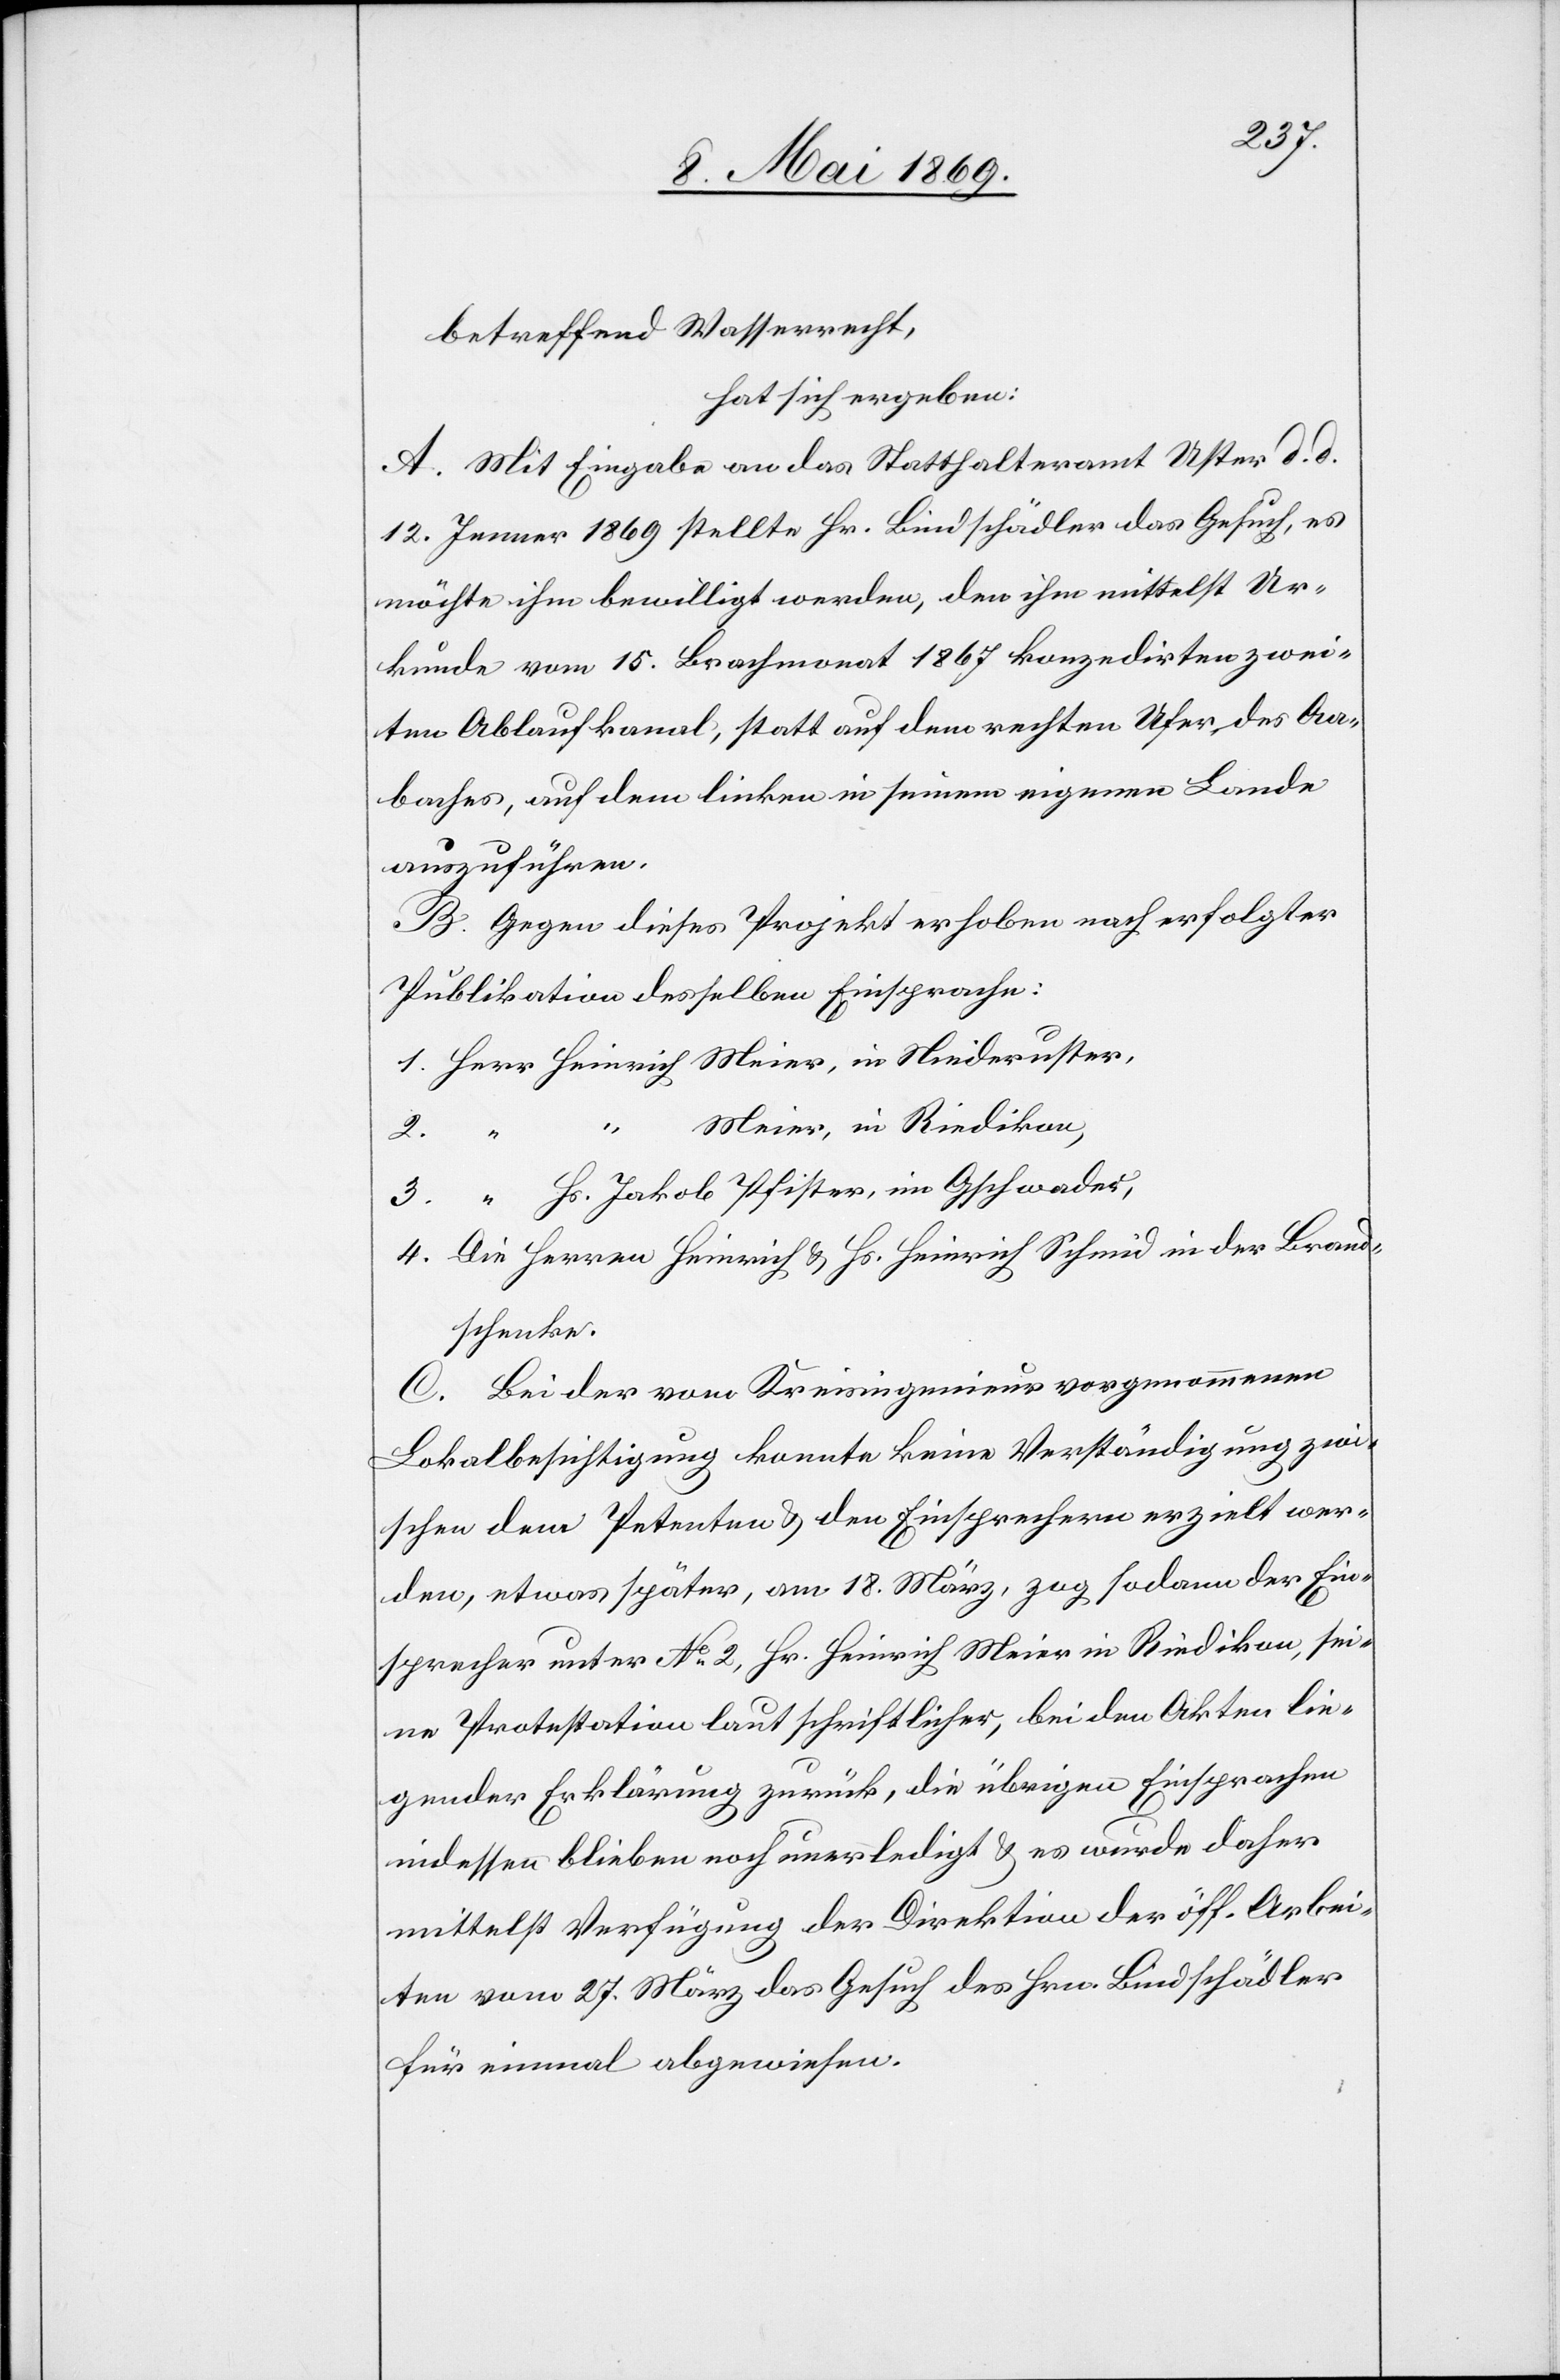
betreffend Wasserrecht,
hat sich ergeben:
A. Mit Eingabe an das Statthalteramt Uster d. d.
12. Jenner 1869 stellte Hr. Bindschädler das Gesuch, es
möchte ihm bewilligt werden, den ihm mittelst Ur¬
kunde vom 15. Brachmonat 1867 konzedirten zwei¬
ten Ablaufkanal, statt auf dem rechten Ufer des Aa¬
baches, auf dem linken in seinem eigenen Lande
aufzuführen.
B. Gegen dieses Projekt erhoben nach erfolgter
Publikation desselben Einsprache:
1. Herr Heinrich Meier, in Niederuster,
Meier, in Riedikon,
2. “
“ Hs. Jakob Pfister, in Gschwader,
3.
4. Die Herren Heinrich u. Hs. Heinrich Schmid in der Brand¬
schenke.
C. Bei der von Kreisingenieuren vorgenommenen
Lokalbesichtigung konnte keine Verständigung zwi¬
schen den Petenten u. den Einsprechern erzielt wer¬
den, etwas später, am 18 März, zog sodann der Ein¬
sprecher unter N° 2, Hr. Heinrich Meier in Riedikon, sei¬
ne Protestation laut schriftlicher, bei den Akten lie¬
gender Erklärung zurück, die übrigen Einsprachen
indessen blieben noch unerledigt, u. es wurde daher
mittelst Verfügung der Direktion der öff. Arbei¬
ten vom 27. März das Gesuch des Hrn. Bindschädler
für einmal abgewiesen.